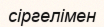
сіргелімен